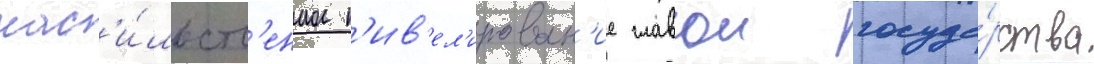
нас'и́льств'енное н'ив'ел'ирован'ие главои госуда́рства